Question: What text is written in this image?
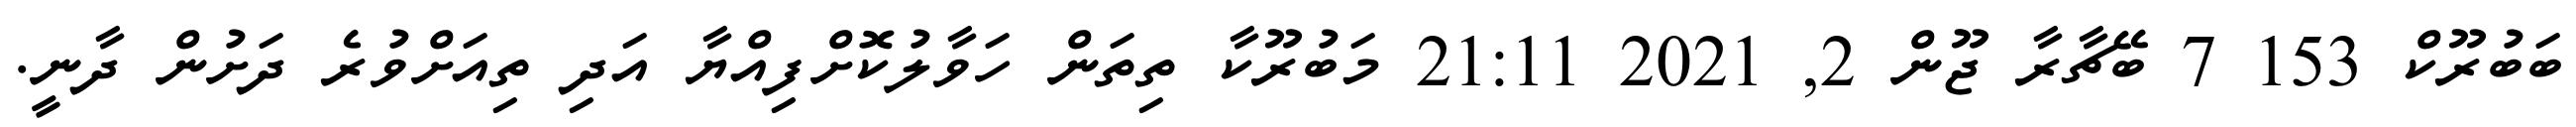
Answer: ބަބުރޫކް 153 7 ބޭޗާރާ ޖޫން 2, 2021 21:11 މަބުރޫކާ ތިތަން ހަވާލުކޮށްފިއްޔާ އަދި ތިއަށްވުރެ ދަށުން ދާނީ.